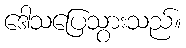
ဒေါသပြေသွားသည်။